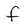
Character: f